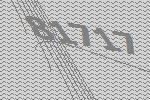
81717